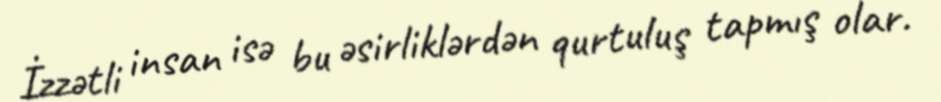
İzzətli insan isə bu əsirliklərdən qurtuluş tapmış olar.